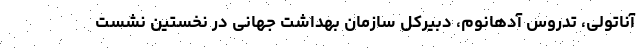
آناتولی، تدروس آدهانوم، دبیرکل سازمان بهداشت جهانی در نخستین نشست